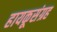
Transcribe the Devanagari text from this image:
हायकूसंग्रह